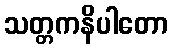
သတ္တကနိပါတော